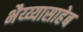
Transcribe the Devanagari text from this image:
भैय्य्यासाहेब